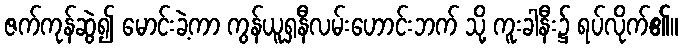
ဇက်ကုန်ဆွဲ၍ မောင်းခဲ့ကာ ကွန်ယူရှနီလမ်းဟောင်းဘက် သို့ ကူးခါနီး၌ ရပ်လိုက်၏။